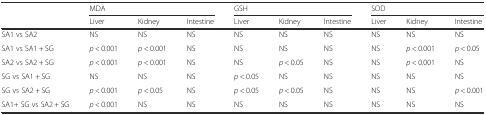
|  | <COLSPAN=3> MDA | <COLSPAN=3> GSH | <COLSPAN=3> SOD |
 |  | Liver | Kidney | Intestine | Liver | Kidney | Intestine | Liver | Kidney | Intestine |
 | --- | --- | --- | --- | --- | --- | --- | --- | --- | --- |
 | SA1 vs SA2 | NS | NS | NS | NS | NS | NS | NS | NS | NS |
 | SA1 vs SA1 + SG | p < 0.001 | p < 0.001 | NS | NS | NS | NS | NS | p < 0.001 | p < 0.05 |
 | SA2 vs SA2 + SG | p < 0.001 | p < 0.001 | NS | NS | p < 0.05 | NS | NS | p < 0.001 | NS |
 | SG vs SA1 + SG | NS | NS | NS | p < 0.05 | NS | NS | NS | NS | NS |
 | SG vs SA2 + SG | p < 0.001 | p < 0.05 | NS | p < 0.05 | p < 0.05 | NS | NS | NS | p < 0.001 |
 | SA1+ SG vs SA2 + SG | p < 0.001 | NS | NS | NS | NS | NS | NS | NS | NS |